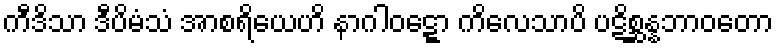
ကီဒိသာ ဒီပိမံသံ အာစရိယေဟိ နာဂါဝဋ္ဋော ကိလေသာပိ ပဋိစ္ဆန္နဘာဝတော